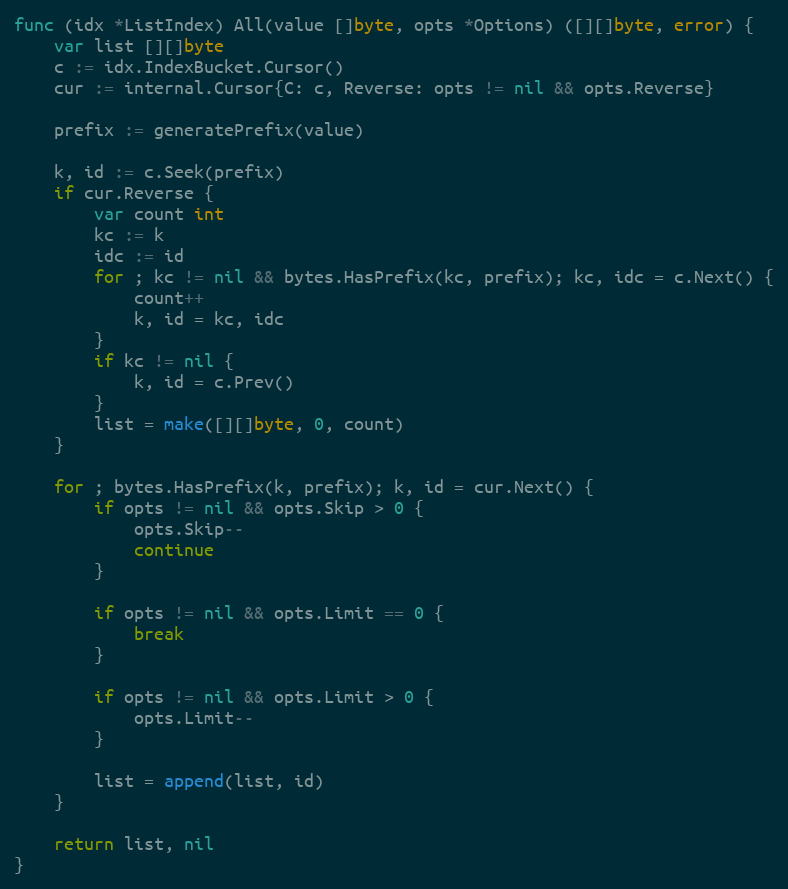
Language: Go
func (idx *ListIndex) All(value []byte, opts *Options) ([][]byte, error) {
	var list [][]byte
	c := idx.IndexBucket.Cursor()
	cur := internal.Cursor{C: c, Reverse: opts != nil && opts.Reverse}

	prefix := generatePrefix(value)

	k, id := c.Seek(prefix)
	if cur.Reverse {
		var count int
		kc := k
		idc := id
		for ; kc != nil && bytes.HasPrefix(kc, prefix); kc, idc = c.Next() {
			count++
			k, id = kc, idc
		}
		if kc != nil {
			k, id = c.Prev()
		}
		list = make([][]byte, 0, count)
	}

	for ; bytes.HasPrefix(k, prefix); k, id = cur.Next() {
		if opts != nil && opts.Skip > 0 {
			opts.Skip--
			continue
		}

		if opts != nil && opts.Limit == 0 {
			break
		}

		if opts != nil && opts.Limit > 0 {
			opts.Limit--
		}

		list = append(list, id)
	}

	return list, nil
}